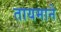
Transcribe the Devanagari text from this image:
तायमाने